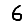
Digit: 6